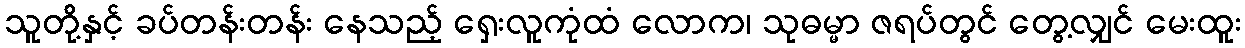
သူတို့နှင့် ခပ်တန်းတန်း နေသည့် ရှေးလူကုံထံ လောက၊ သုဓမ္မာ ဇရပ်တွင် တွေ့လျှင် မေးထူး